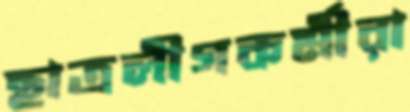
ছাত্রলীগকর্মীরা